system: You are a helpful assistant.
user:
Analyze the provided spectrum to determine if it is a **Carbon Star (C-type)**.

- **Key Visual Indicators of Carbon Star:**
    - **(Primary):** Strong molecular absorption from **C₂ (diatomic carbon) "Swan Bands."** This is the **defining feature** of a carbon star.
        - **(Key Bandheads):** Sharp absorption edges are visible at approximately $5635$ Å, $5165$ Å (the strongest band), and $4737$ Å.
        - **(Line Profile):** Creates a distinct **"saw-tooth"** pattern. The key morphology is a sharp, steep bandhead on the **red (long-wavelength) side**, which then gradually tapers off (i.e., flux recovers) towards the **blue (short-wavelength) side**. *(This is the direct opposite of the TiO bands seen in M-type stars)*.

    - **(Secondary):** Intense **CN (cyanogen)** molecular absorption bands.
        - **(Key Bandheads):** Located in the blue and violet regions of the spectrum (e.g., near $4215$ Å and $3883$ Å).
        - **(Morphology):** These bands are extremely broad and act as a "blanket," absorbing the vast majority of blue and violet light. This creates a characteristic **"cliff"** or **"steep drop-off"** in the spectrum's flux at short wavelengths.

    - **(Key Confirmation):** Strong **CH absorption band (G-band)**.
        - **(Key Bandhead):** Located around $4300$ Å. The contribution from CH molecules to this band is exceptionally strong.

    - **(Overall Spectrum):**
        - The continuum is severely "chopped up" by these deep molecular bands, especially C₂, rather than appearing as a smooth curve.
        - Due to the heavy CN and C₂ absorption in the blue-green, the vast majority of the star's flux is concentrated in the red part of the spectrum, giving the star its characteristic deep red color.

Think first, call **spectral_visualization_tool** if needed to examine features in detail, then provide your final answer. Your response must adhere to the following strict rules:
1.  **Overall Structure:** Your response must follow the format `<think>...</think> <tool_call>...</tool_call> (if a tool is used) <answer>...</answer>`.
2.  **Tool Usage Constraint:** You may only make **one** tool call per turn.
3.  **Final Answer Format:** In the `<answer>` tag, your conclusion must be inside a `\boxed{}` command (e.g., `\boxed{YES}`), followed by your justification.

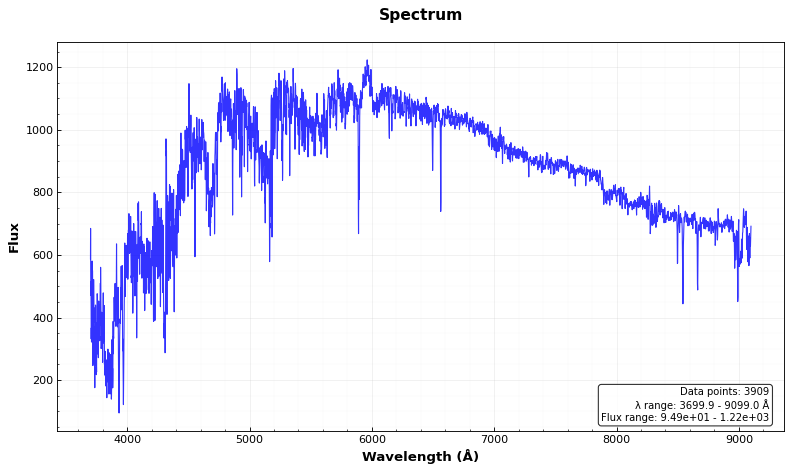
Answer: YES